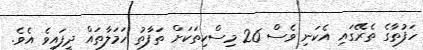
ހަފުތާގެ ތެރޭގައި އެކަނި ވެސް 26 މިސްކިތަކަށް ތަފާތު ހަމަލާތައް ދީފައިވެ އެވެ.